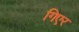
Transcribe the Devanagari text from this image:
गिएर